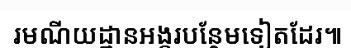
រមណីយដ្ឋានអង្គរបន្ថែមទៀតដែរ៕